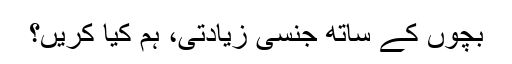
بچوں کے ساتھ جنسی زیادتی، ہم کیا کریں؟